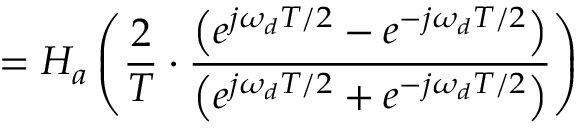
= H _ { a } \left( { \frac { 2 } { T } } \cdot { \frac { \left( e ^ { j \omega _ { d } T / 2 } - e ^ { - j \omega _ { d } T / 2 } \right) } { \left( e ^ { j \omega _ { d } T / 2 } + e ^ { - j \omega _ { d } T / 2 } \right) } } \right)